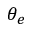
\theta _ { e }